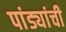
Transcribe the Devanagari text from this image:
पांड्यांची